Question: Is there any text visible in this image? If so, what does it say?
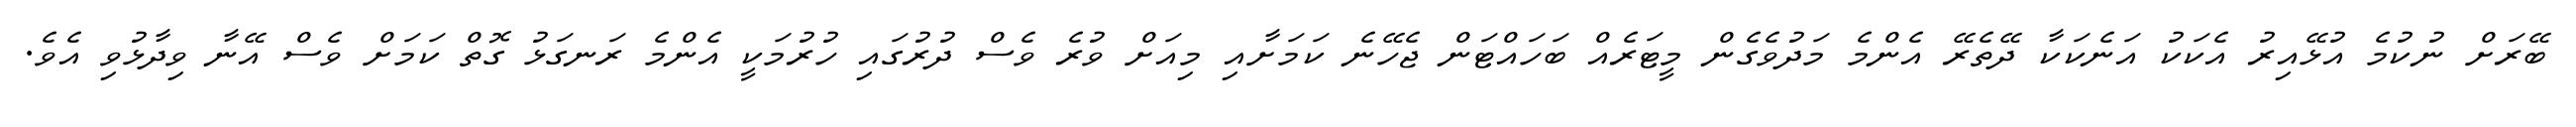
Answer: ބޭރަށް ނުކުމެ އުޅޭއިރު އެކަކު އަނެކަކާ ދޭތެރޭ އެންމެ މަދުވެގެން މީޓަރެއް ބަހައްޓަން ޖެހޭނެ ކަމަށާއި މިއަށް ވުރެ ވެސް ދުރުގައި ހުރުމަކީ އެންމެ ރަނގަޅު ގޮތް ކަމަށް ވެސް އޭނާ ވިދާޅުވި އެވެ.